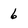
Character: 6